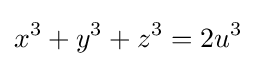
x^{3}+y^{3}+z^{3}=2u^{3}